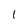
Character: I